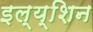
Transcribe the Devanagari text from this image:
इल्य्शिन